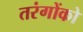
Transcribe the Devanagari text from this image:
तरंगोंको